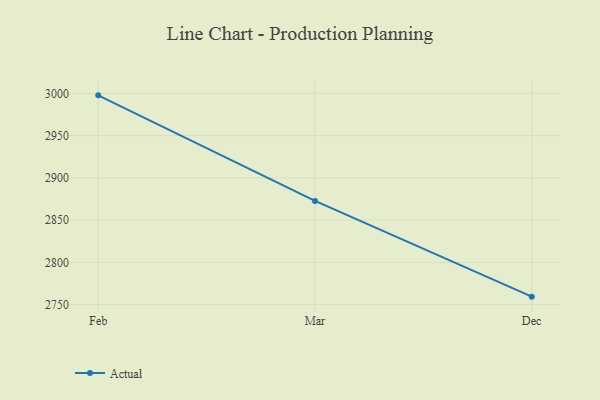
{"axis": {"x": "Month", "y": "Active Users"}, "legend": ["Actual"], "data": [{"x": "Feb", "y": 2997.6, "type": "Actual"}, {"x": "Mar", "y": 2872.7, "type": "Actual"}, {"x": "Dec", "y": 2759.4, "type": "Actual"}]}